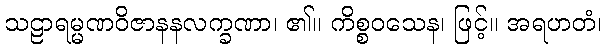
သဠာရမ္မဏဝိဇာနနလက္ခဏာ၊ ၏။ ကိစ္စဝသေန၊ ဖြင့်။ အရဟတံ၊